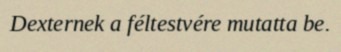
Dexternek a féltestvére mutatta be.